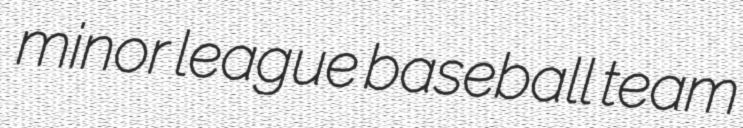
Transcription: minor league baseball team